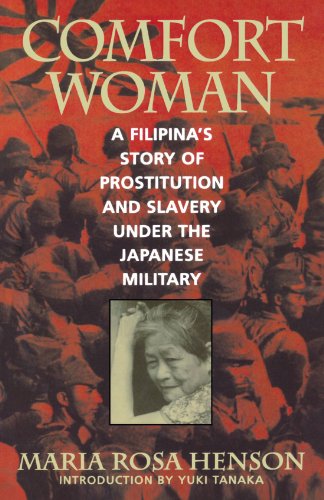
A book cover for Comfort Woman: A Filipina's Story of Prostitution and Slavery under the Japanese Military (Asian Voices); Maria Rosa Henson; History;